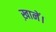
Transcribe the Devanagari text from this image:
ख़ानें।